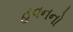
હવનનો